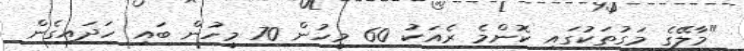
"މާލޭގެ މަގުތަކުގައި ކޮންމެ ރެއަކު 60 މީހުން 70 މީހުން ބައި ހަދައިގެން